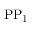
\mathrm { P P _ { 1 } }